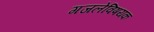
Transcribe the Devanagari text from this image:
गजलेविषयक